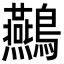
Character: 䴏